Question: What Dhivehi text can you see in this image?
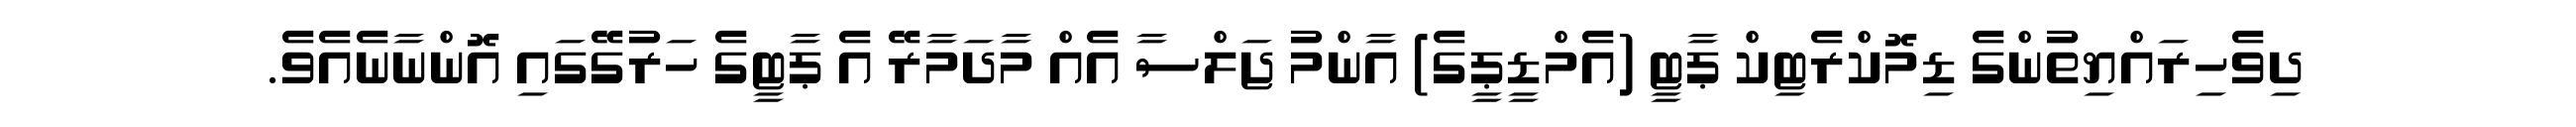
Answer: ދިވެހިރައްޔިތުންގެ ޑިމޮކްރެޓިކް ޕާޓީ (އެމްޑީޕީގެ) އާންމު ޖަލްސާ އެއް މާދަމާރޭ އެ ޕާޓީގެ ހަރުގޭގައި އޮންނާނެއެވެ.